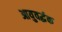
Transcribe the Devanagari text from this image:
आयुवर्द्धक